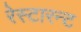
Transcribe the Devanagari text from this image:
रेस्टारन्ट